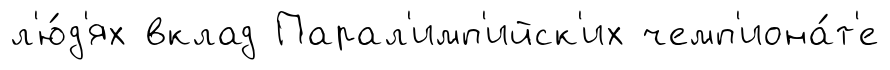
л'ю́д'ях вклад Парал'имп'ийск'их чемп'иона́т'е